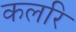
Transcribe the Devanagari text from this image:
कलरि